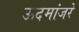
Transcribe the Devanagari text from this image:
ऊदमांजरे